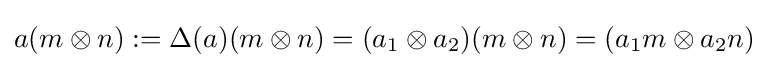
a(m\otimes n):=\Delta (a)(m\otimes n)=(a_{1}\otimes a_{2})(m\otimes n)=(a_{1}m\otimes a_{2}n)